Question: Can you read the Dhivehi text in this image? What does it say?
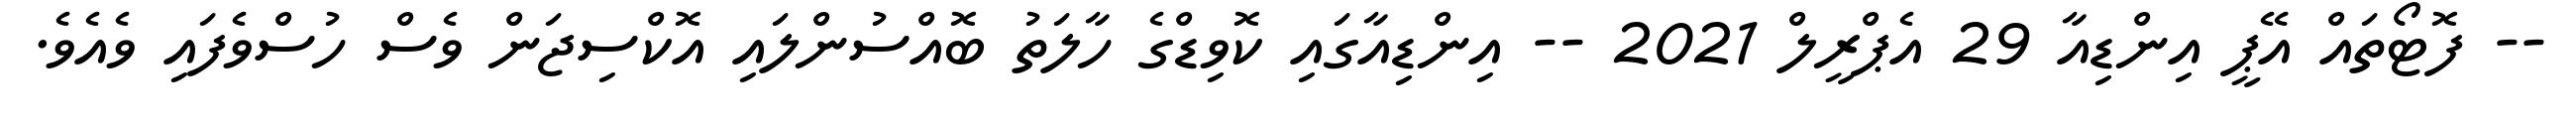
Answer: -- ފޮޓޯތައް އޭޕީ އިންޑިއާ 29 އެޕްރީލް 2021 -- އިންޑިއާގައި ކޮވިޑްގެ ހާލަތު ބޮއްސުންލައި އޮކްސިޖަން ވެސް ހުސްވެފައި ވެއެވެ.